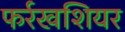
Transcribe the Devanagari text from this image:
फर्रखशियर